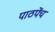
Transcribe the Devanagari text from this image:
पाठपेंच